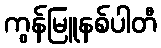
ကွန်မြူနစ်ပါတီ